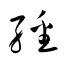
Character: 繙